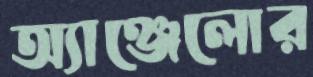
অ্যাঞ্জেলোর